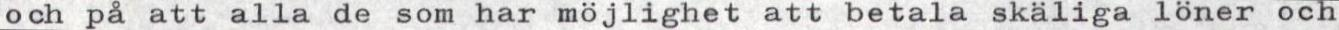
och på att alla de som har möjlighet att betala skäliga löner och